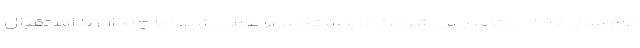
ماه سال ۱۳۹۷ با تأسیس شرکت «اینستکس» عملی شد، اما چندان با استقبال